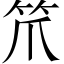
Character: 笊